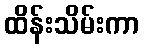
ထိန်းသိမ်းကာ